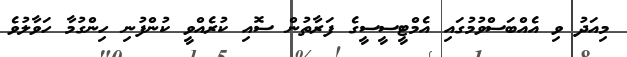
މިއަދު ވި އެއްބަސްވުމުގައި އެމްޓީސީސީގެ ފަރާތުން ސޮއި ކުރެއްވީ ކުންފުނި ހިންގުމާ ހަވާލުވެ